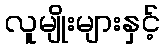
လူမျိုးများနှင့်